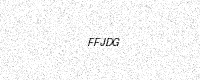
Text: FFJDG